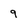
Character: 9